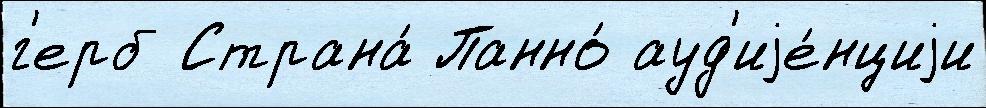
г'ерб Страна́ Панно́ ауд'иjе́нциjи